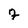
Character: 7